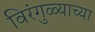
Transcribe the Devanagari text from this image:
विरंगुळ्याच्या